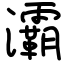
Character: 灞